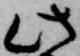
此